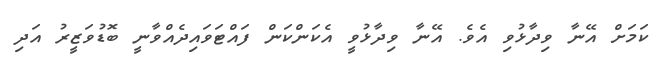
ކަމަށް އޭނާ ވިދާޅުވި އެވެ. އޭނާ ވިދާޅުވީ އެކަންކަން ފައްޓަވައިދެއްވާނީ ބޮޑުވަޒީރު އަދި